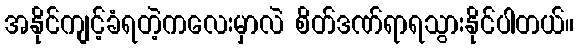
အနိုင်ကျင့်ခံရတဲ့ကလေးမှာလဲ စိတ်ဒဏ်ရာရသွားနိုင်ပါတယ်။